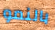
بالنمو